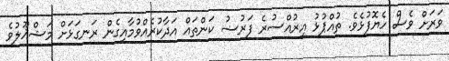
ވަރަށް ވެސް ހެޔޮފުޅެވެ. ތުއްޕުޅު އިރުއްސުރެ ފަރުޟު ކަންތައް އަދާކުރެއްވުމާއިގެން ރަނގަޅަށް މަޝްޣޫލުވެ